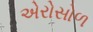
એરોસોળ